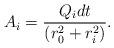
LaTeX: \begin{align*}A_{i} = \frac{Q_{i} dt}{(r_{0}^{2} + r_{i}^{2})}.\end{align*}